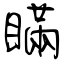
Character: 瞞